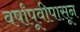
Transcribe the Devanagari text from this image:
वर्षांपूवीपासून